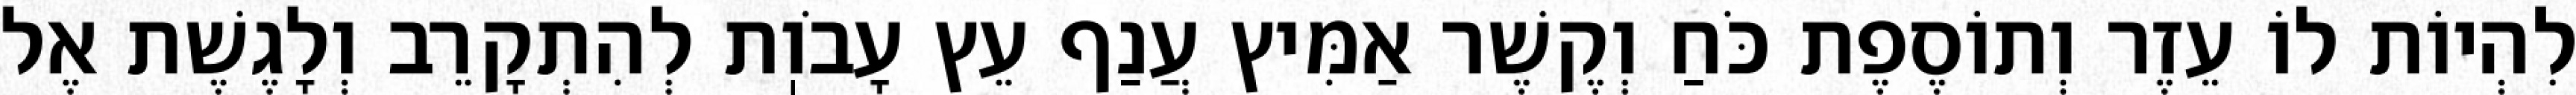
לִהְיוֹת לוֹ עֵזֶר וְתוֹסֶפֶת כֹּחַ וְקֶשֶׁר אַמִּיץ עֲנַף עֵץ עָבֹוֽת לְהִתְקָרֵב וְלָגֶשֶׁת אֶל